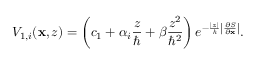
V _ { 1 , i } ( \mathbf { x } , z ) = \left( c _ { 1 } + \alpha _ { i } \frac { z } { \hbar } + \beta \frac { z ^ { 2 } } { \hbar ^ { 2 } } \right) e ^ { - \frac { | z | } { \hbar } \left| \frac { \partial S } { \partial \mathbf { x } } \right| } .